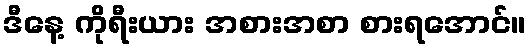
ဒီနေ့ ကိုရီးယား အစားအစာ စားရအောင်။